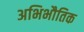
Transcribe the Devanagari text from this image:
अभिभौतिक